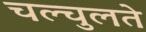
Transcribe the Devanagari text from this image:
चल्चुलते